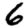
Digit: 6